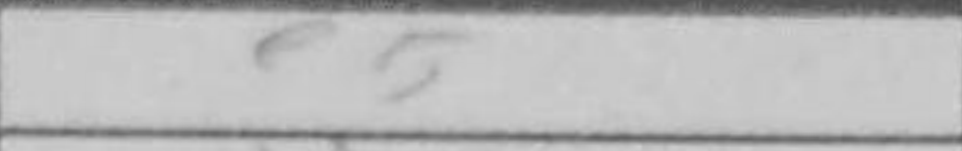
Transcription: e5